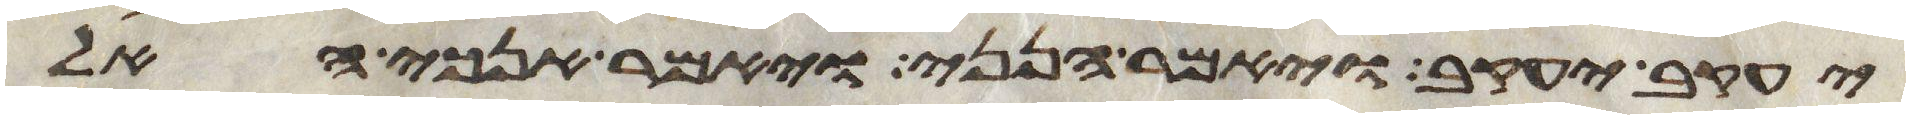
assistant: יעקב יעקב ויאמר הנני ויאמר אנכי האל